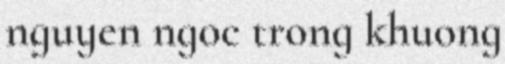
nguyen ngoc trong khuong